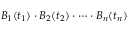
B _ { 1 } ( t _ { 1 } ) \cdot B _ { 2 } ( t _ { 2 } ) \cdot \dots \cdot B _ { n } ( t _ { n } )